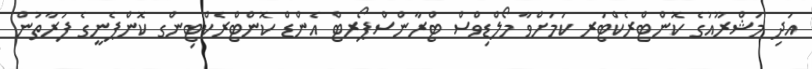
އަދި މަޝްރޫއުގެ ކޮންޓްރެކްޓަރ ކަމަށްވާ މޯލްޑިވްސް ޓްރާންސްޕޯރޓް އެންޑް ކޮންޓްރެކްޓިންގ ކޮންޕެނީގެ ފަރާތުން